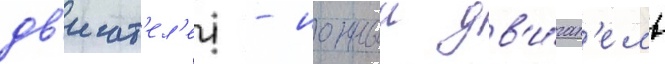
дв'игат'ел'еи - ионныи дв'и́гат'ель